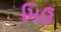
મિઉ